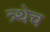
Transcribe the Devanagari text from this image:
त्र्थेच